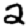
Digit: 2